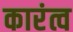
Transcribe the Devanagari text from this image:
कारंत्व